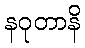
နဝုတာနိ